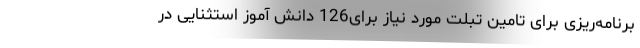
برنامه‌ریزی برای تامین تبلت مورد نیاز برای126 دانش آموز استثنایی در